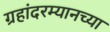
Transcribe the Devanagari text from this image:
ग्रहांदरम्यानच्या